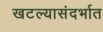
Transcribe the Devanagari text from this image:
खटल्यासंदर्भात